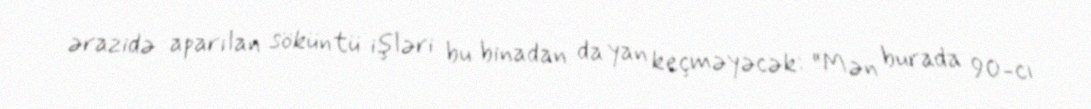
ərazidə aparılan söküntü işləri bu binadan da yan keçməyəcək: “Mən burada 90-cı